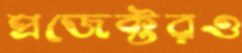
প্রজেক্টরও